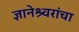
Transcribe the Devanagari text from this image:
ज्ञानेश्र्वरांचा